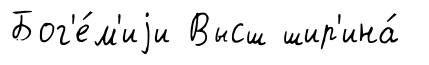
Бог'е́м'иjи Высш шир'ина́